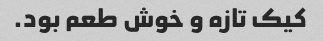
کیک تازه و خوش طعم بود.